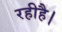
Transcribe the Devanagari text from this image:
रहीहै।